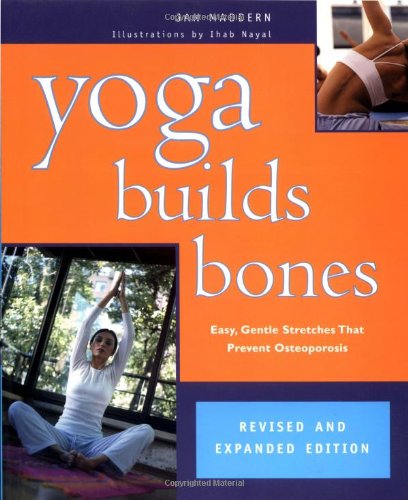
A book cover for Yoga Builds Bones: Easy, Gentle Stretches That Prevent Osteoporosis; Jan Maddern; Health, Fitness & Dieting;